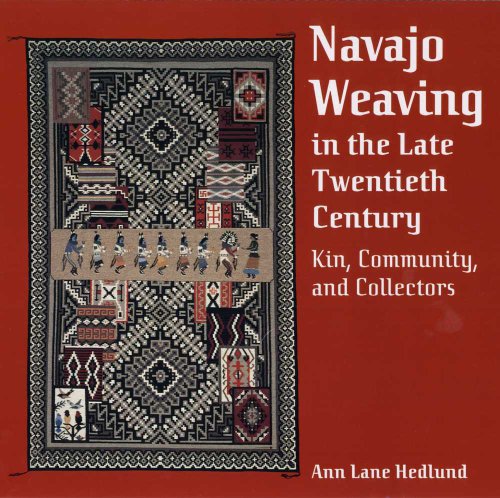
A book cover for Navajo Weaving in the Late Twentieth Century: Kin, Community, and Collectors; Ann Lane Hedlund; Crafts, Hobbies & Home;